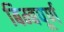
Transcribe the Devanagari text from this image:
बिम्बपूर्ण